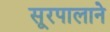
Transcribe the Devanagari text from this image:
सूरपालाने